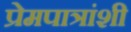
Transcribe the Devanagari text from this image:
प्रेमपात्रांशी